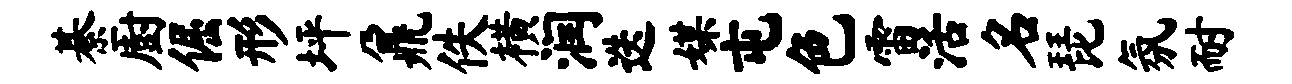
綦厨倔形坪鼐佚横润迭媒屯色雷活名琵氛耐